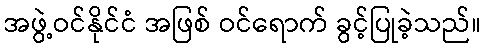
အဖွဲ့ဝင်နိုင်ငံ အဖြစ် ဝင်ရောက် ခွင့်ပြုခဲ့သည်။